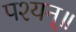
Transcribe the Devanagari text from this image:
पश्यन्॥